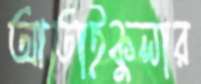
আতাইকুলার